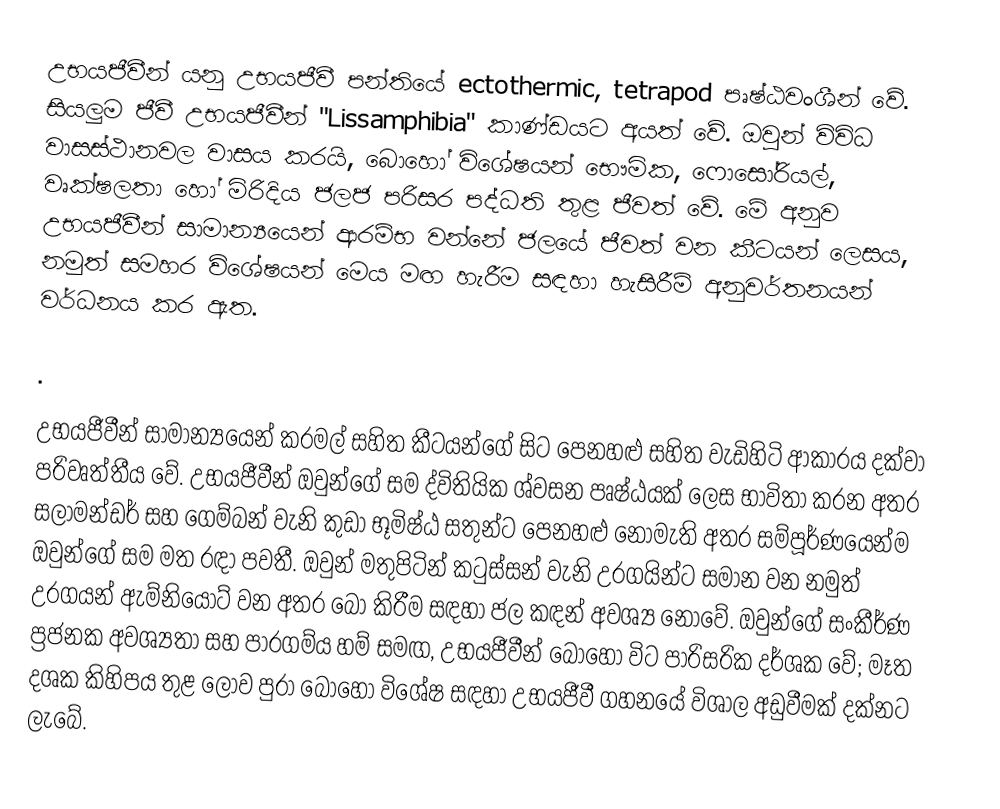
උභයජීවීන් යනු උභයජීවී පන්තියේ ectothermic, tetrapod පෘෂ්ඨවංශීන් වේ. සියලුම ජීවී උභයජීවීන් "Lissamphibia" කාණ්ඩයට අයත් වේ. ඔවුන් විවිධ වාසස්ථානවල වාසය කරයි, බොහෝ විශේෂයන් භෞමික, ෆොසෝරියල්, වෘක්ෂලතා හෝ මිරිදිය ජලජ පරිසර පද්ධති තුළ ජීවත් වේ. මේ අනුව උභයජීවීන් සාමාන්‍යයෙන් ආරම්භ වන්නේ ජලයේ ජීවත් වන කීටයන් ලෙසය, නමුත් සමහර විශේෂයන් මෙය මඟ හැරීම සඳහා හැසිරීම් අනුවර්තනයන් වර්ධනය කර ඇත.

.

උභයජීවීන් සාමාන්‍යයෙන් කරමල් සහිත කීටයන්ගේ සිට පෙනහළු සහිත වැඩිහිටි ආකාරය දක්වා පරිවෘත්තීය වේ. උභයජීවීන් ඔවුන්ගේ සම ද්විතියික ශ්වසන පෘෂ්ඨයක් ලෙස භාවිතා කරන අතර සලාමන්ඩර් සහ ගෙම්බන් වැනි කුඩා භූමිෂ්ඨ සතුන්ට පෙනහළු නොමැති අතර සම්පූර්ණයෙන්ම ඔවුන්ගේ සම මත රඳා පවතී. ඔවුන් මතුපිටින් කටුස්සන් වැනි උරගයින්ට සමාන වන නමුත් උරගයන් ඇම්නියෝට් වන අතර බෝ කිරීම සඳහා ජල කඳන් අවශ්‍ය නොවේ. ඔවුන්ගේ සංකීර්ණ ප්‍රජනක අවශ්‍යතා සහ පාරගම්ය හම් සමඟ, උභයජීවීන් බොහෝ විට පාරිසරික දර්ශක වේ; මෑත දශක කිහිපය තුළ ලොව පුරා බොහෝ විශේෂ සඳහා උභයජීවී ගහනයේ විශාල අඩුවීමක් දක්නට ලැබේ.